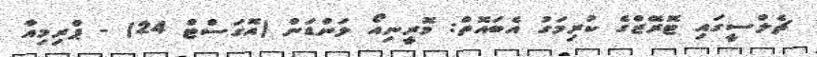
ޗެލްސީގައި ޓޮރޭޒްގެ ކުރިމަގު އެބައޮތް: މޮރީނިއޯ ލަންޑަން (އޮގަސްޓް 24) - ޕްރިމިއާ